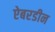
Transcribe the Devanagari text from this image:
ऐबरडीन